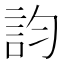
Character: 𧥺